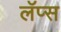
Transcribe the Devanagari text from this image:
लॅप्स